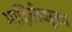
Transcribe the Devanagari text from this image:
माहितीवरूनच